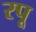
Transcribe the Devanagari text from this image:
रपू